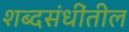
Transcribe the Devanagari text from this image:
शब्दसंधींतील